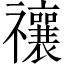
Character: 禳